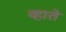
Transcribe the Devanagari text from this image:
व्हाते